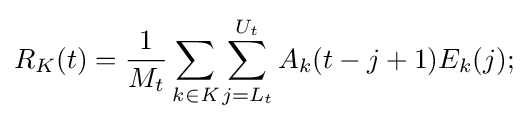
R_{K}(t)={\frac {1}{M_{t}}}\sum _{k\in {\textit {K}}}\sum _{j={L_{t}}}^{U_{t}}A_{k}(t-j+1)E_{k}(j);